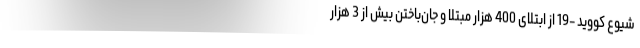
شیوع کووید -19 از ابتلای 400 هزار مبتلا و جان‌باختن بیش از 3 هزار